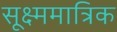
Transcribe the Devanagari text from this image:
सूक्ष्ममात्रिक